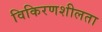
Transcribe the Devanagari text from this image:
विकिरणशीलता